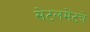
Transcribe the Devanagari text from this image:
सेटलमेंटचे